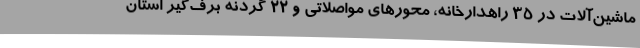
ماشین‌آلات در 35 راهدارخانه، محورهای مواصلاتی و 22 گردنه برف‌گیر استان